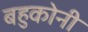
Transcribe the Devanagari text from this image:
बहुकोनी